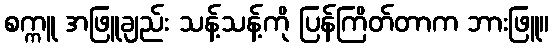
စက္ကူ အဖြူချည်း သန့်သန့်ကို ပြန်ကြိတ်တာက ဘားဖြူ။